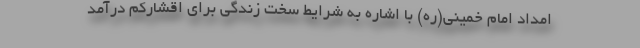
امداد امام خمینی(ره) با اشاره به شرایط سخت زندگی برای اقشارکم درآمد